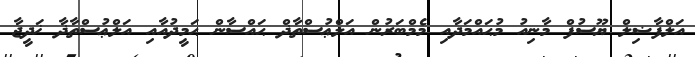
އަލްފާޟިލް ޔޫސުފް މާނިއު މުޙައްމަދާއި މެމްބަރުން އަލްޢުސްތާޛް ޙައްސާން ޙަމީދުއާއި އަލްޢުސްތާޛާ ޚަދީޖާ